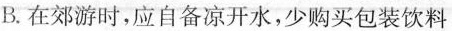
B.在郊游时，应自备凉开水，少购买包装饮料